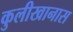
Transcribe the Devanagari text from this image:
कुलीखानास